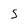
Character: 5